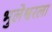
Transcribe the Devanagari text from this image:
भुलेश्वरला